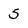
Character: 5